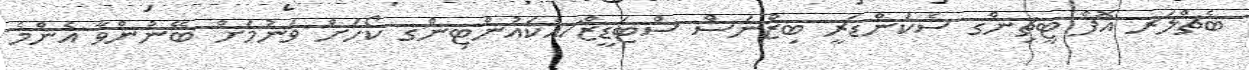
ބެޗްލަރ އޮފް ޓީޗިންގ ސެކަންޑަރީ ބިޒްނަސް ސްޓަޑީޒް/އެކައުންޓިންގ ކޯހަށް ވަނުމަށް ބޭނުންވާ އެންމެ